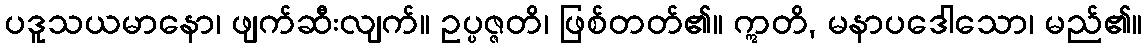
ပဒူသယမာနော၊ ဖျက်ဆီးလျက်။ ဥပ္ပဇ္ဇတိ၊ ဖြစ်တတ်၏။ ဣတိ, မနာပဒေါသော၊ မည်၏။